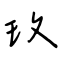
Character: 玫